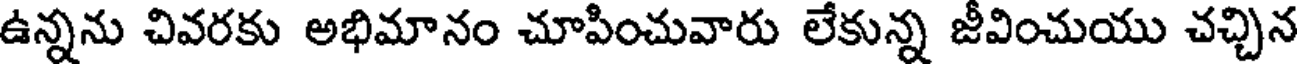
ఉన్నను చివరకు అభిమానం చూపించువారు లేకున్న జీవించుయు చచ్చిన